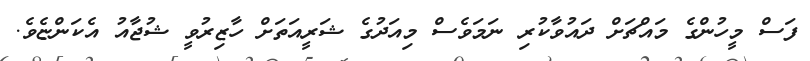
ފަސް މީހުންގެ މައްޗަށް ދައުވާކުރި ނަމަވެސް މިއަދުގެ ޝަރީއަތަށް ހާޒިރުވީ ޝުޖާއު އެކަންޏެވެ.